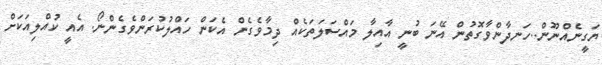
ޔަގީނެއްނޫން..ހަނދާންވާގޮތުން އޭނަ ބުނީ އާއިލާ މައްސަލަތަކެއް ދިމާވެގެން އެކަން ހައްލުކުރަންވެގެންނޯ. އެއީ ކުއްލިއަކަށް